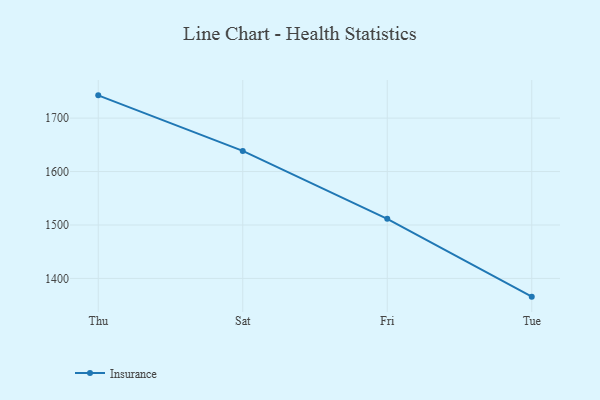
{"axis": {"x": "Day", "y": "Market Share (%)"}, "legend": ["Insurance"], "data": [{"x": "Thu", "y": 1742.6, "type": "Insurance"}, {"x": "Sat", "y": 1638.6, "type": "Insurance"}, {"x": "Fri", "y": 1511.5, "type": "Insurance"}, {"x": "Tue", "y": 1365.9, "type": "Insurance"}]}